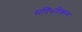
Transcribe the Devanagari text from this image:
मणिभविकास